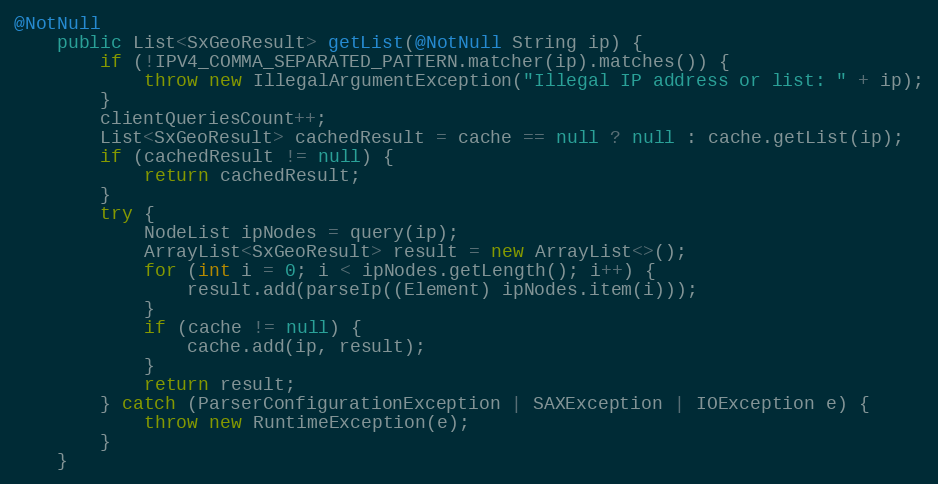
Language: Java
@NotNull
    public List<SxGeoResult> getList(@NotNull String ip) {
        if (!IPV4_COMMA_SEPARATED_PATTERN.matcher(ip).matches()) {
            throw new IllegalArgumentException("Illegal IP address or list: " + ip);
        }
        clientQueriesCount++;
        List<SxGeoResult> cachedResult = cache == null ? null : cache.getList(ip);
        if (cachedResult != null) {
            return cachedResult;
        }
        try {
            NodeList ipNodes = query(ip);
            ArrayList<SxGeoResult> result = new ArrayList<>();
            for (int i = 0; i < ipNodes.getLength(); i++) {
                result.add(parseIp((Element) ipNodes.item(i)));
            }
            if (cache != null) {
                cache.add(ip, result);
            }
            return result;
        } catch (ParserConfigurationException | SAXException | IOException e) {
            throw new RuntimeException(e);
        }
    }